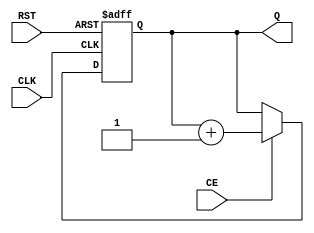
module dynamic_async_counter (
    input wire CE,       // Count Enable
    input wire RST,      // Reset
    input wire CLK,      // Clock
    output reg [N-1:0] Q // Count Output
);
    parameter N = 4; // Number of bits in the counter

    // Always block for asynchronous reset and synchronous counting
    always @(posedge CLK or posedge RST) begin
        if (RST) begin
            Q <= {N{1'b0}};  // Asynchronous reset to zero
        end else if (CE) begin
            Q <= Q + 1;      // Increment the counter
        end
    end

    // Optional synchronous reset could be handled here if needed

endmodule